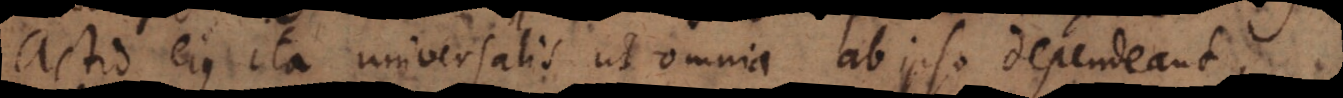
actio ejus ita universalis ut omnia ab ipso dependeant,